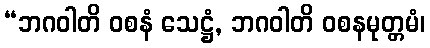
“ဘဂဝါတိ ဝစနံ သေဋ္ဌံ, ဘဂဝါတိ ဝစနမုတ္တမံ၊